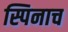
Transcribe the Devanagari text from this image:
स्पिनाच